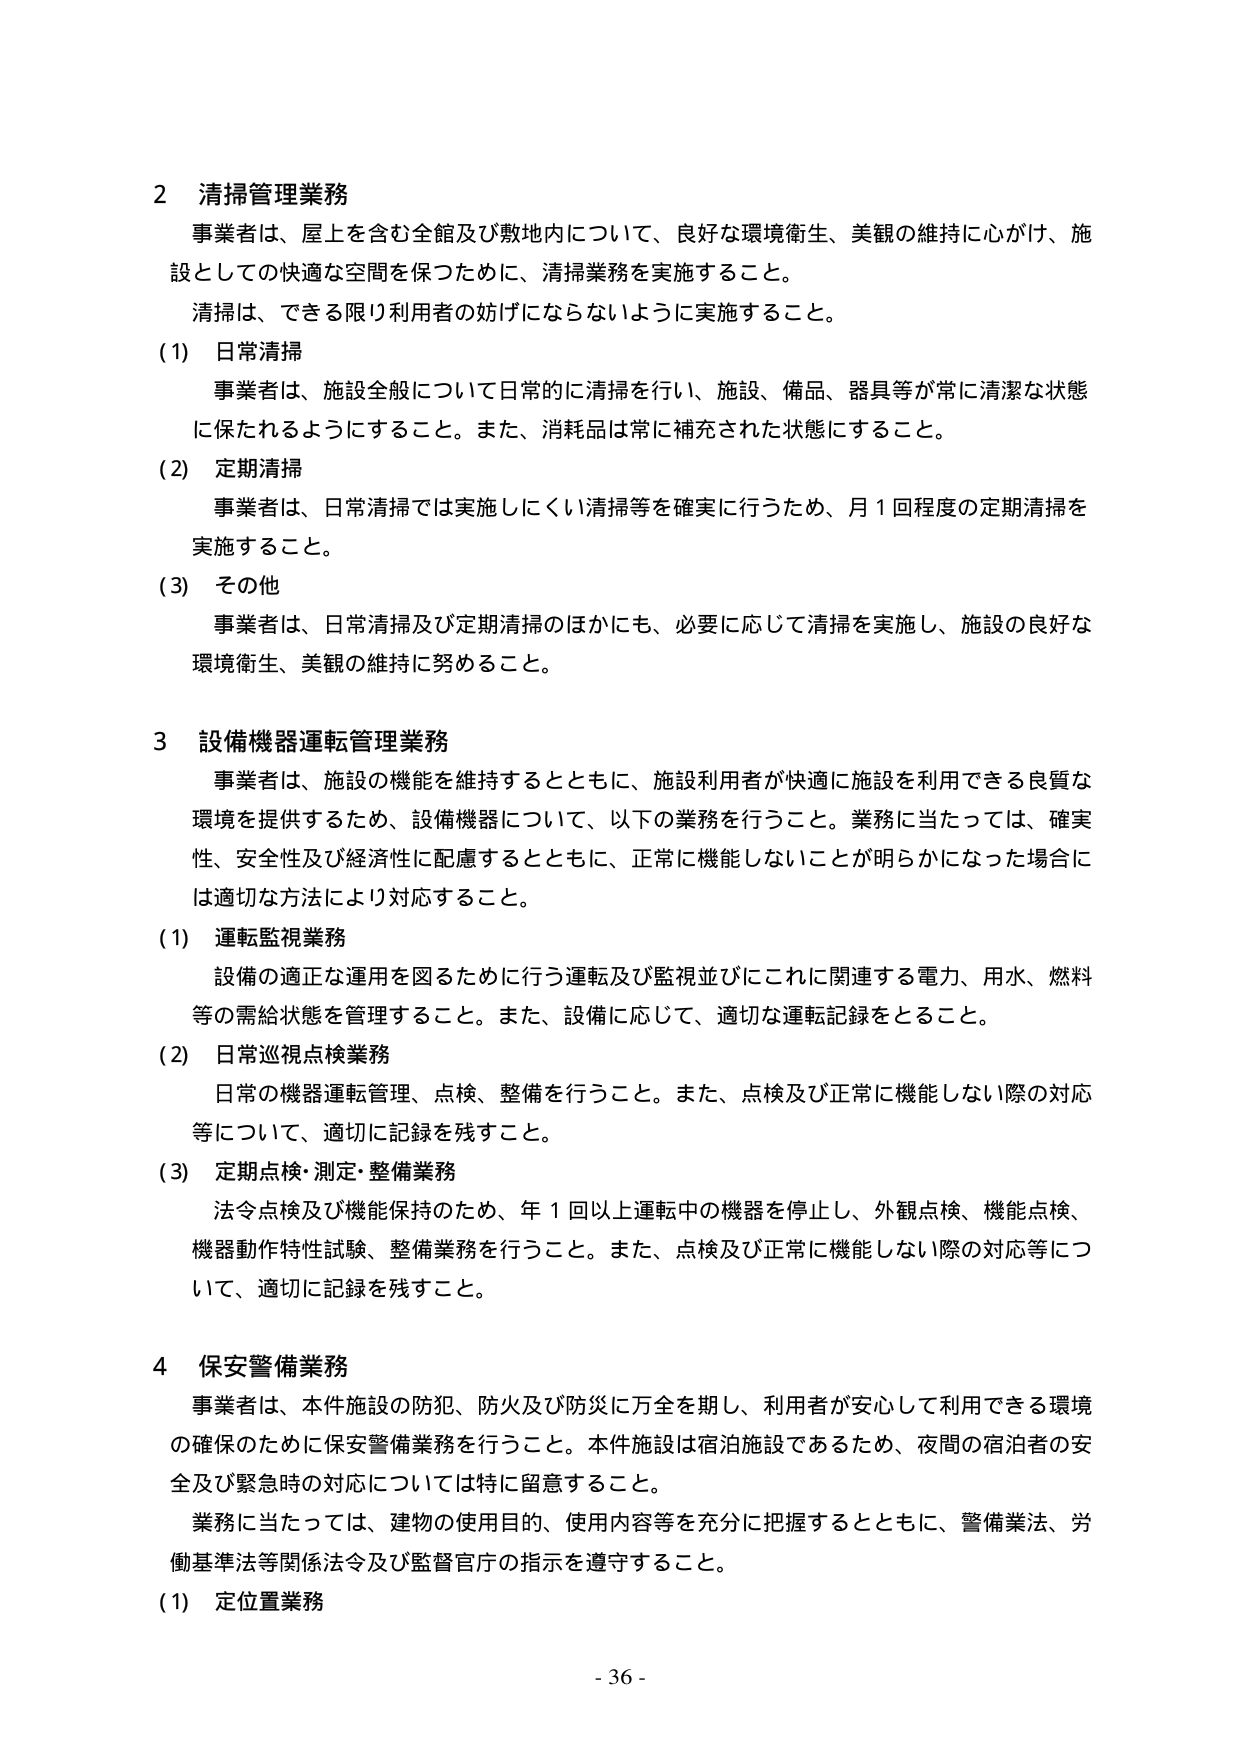
2 清掃管理業務
事業者は、屋上を含む全館及び敷地内について、良好な環境衛生、美観の維持に心がけ、施設としての快適な空間を保つために、清掃業務を実施すること。
清掃は、できる限り利用者の妨げにならないように実施すること。
(1) 日常清掃
事業者は、施設全般について日常的に清掃を行い、施設、備品、器具等が常に清潔な状態に保たれるようにすること。また、消耗品は常に補充された状態にすること。
(2) 定期清掃
事業者は、日常清掃では実施しにくい清掃等を確実に行うため、月1回程度の定期清掃を実施すること。
(3) その他
事業者は、日常清掃及び定期清掃のほかにも、必要に応じて清掃を実施し、施設の良好な環境衛生、美観の維持に努めること。

3 設備機器運転管理業務
事業者は、施設の機能を維持するとともに、施設利用者が快適に施設を利用できる良質な環境を提供するため、設備機器について、以下の業務を行うこと。業務に当たっては、確実性、安全性及び経済性に配慮するとともに、正常に機能しないことが明らかになった場合には適切な方法により対応すること。
(1) 運転監視業務
設備の適正な運用を図るために行う運転及び監視並びにこれに関連する電力、用水、燃料等の需給状態を管理すること。また、設備に応じて、適切な運転記録をとること。
(2) 日常巡視点検業務
日常の機器運転管理、点検、整備を行うこと。また、点検及び正常に機能しない際の対応等について、適切に記録を残すこと。
(3) 定期点検・測定・整備業務
法令点検及び機能保持のため、年1回以上運転中の機器を停止し、外観点検、機能点検、機器動作特性試験、整備業務を行うこと。また、点検及び正常に機能しない際の対応等について、適切に記録を残すこと。

4 保安警備業務
事業者は、本件施設の防犯、防火及び防災に万全を期し、利用者が安心して利用できる環境の確保のために保安警備業務を行うこと。本件施設は宿泊施設であるため、夜間の宿泊者の安全及び緊急時の対応については特に留意すること。
業務に当たっては、建物の使用目的、使用内容等を充分に把握するとともに、警備業法、労働基準法等関係法令及び監督官庁の指示を遵守すること。
(1) 定位置業務

- 36 -